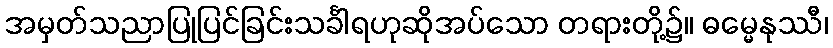
အမှတ်သညာပြုပြင်ခြင်းသင်္ခါရဟုဆိုအပ်သော တရားတို့၌။ ဓမ္မေနုဿီ၊